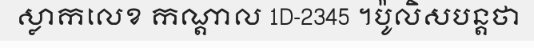
ស្លាកលេខ កណ្តាល 1D-2345 ។ប៉ូលិសបន្តថា